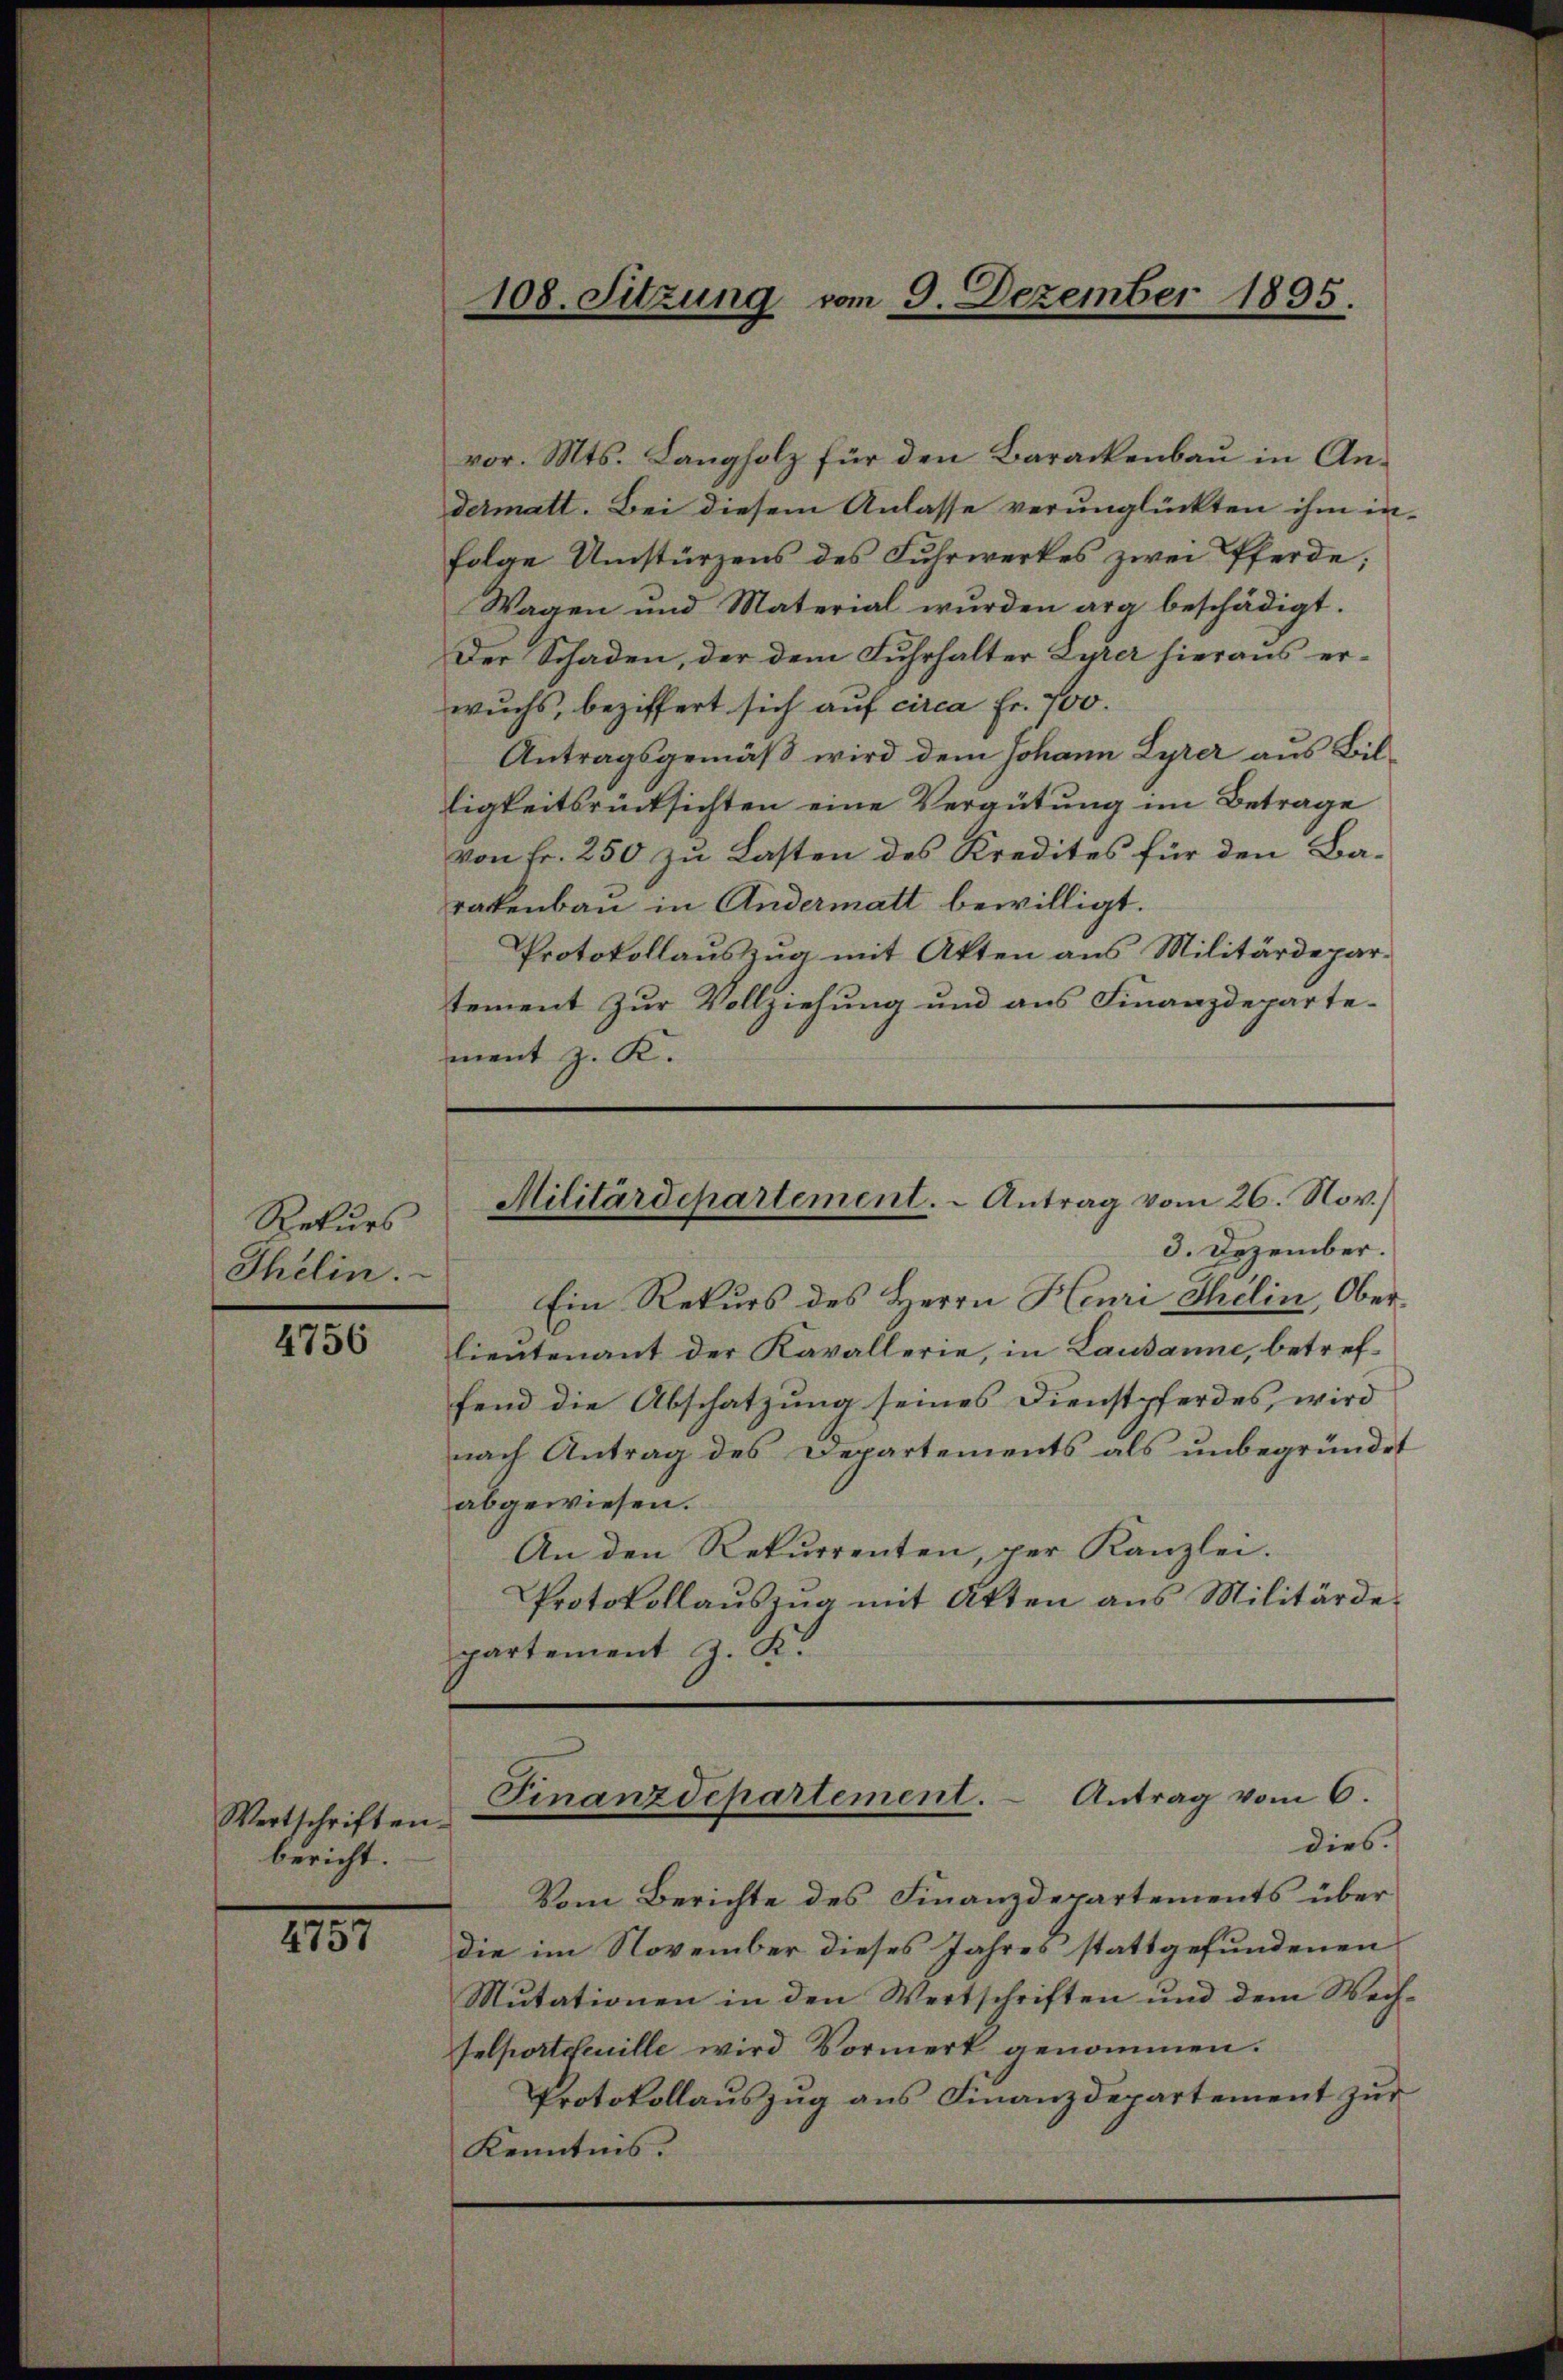
Rekurs
Thelin.

4756

Wertschriften
bericht.

2151

vor. Mts. Langholz für den Barackenbau in Andermatt. Bei diesem Anlasse verunglückten ihm in-
folge Umstürzens des Fuhrwerkes zwei Pferde;
Wagen und Material wurden ara beschädigt.
Der Schaden, der dem Fuhrhalter Lurer hieraus erwuchs, beziffert sich auf circa Fr. 700.
Antragsgemäß wird dem Johann Lyrer aus Billigkeitsrücksichten eine Vergütung im Betrage
von Fr. 250 zu Lasten des Kredites für den Barakenbau in Andermatt bewilligt.
Protokollauszug mit Akten aus Militärdepar-
tement zur Vollziehung und aus Finanzdepartement z. K.

108. Sitzung vom 9. Dezember 1895.

Militärdepartement. - Antrag vom 26. Nov.)
3. Dezember.

Ein Rekurs des Herrn Henri Thelin, Oberlieutenant der Kavallerie, in Lausanne, betreffend die Abschatzung seines Dienstpferdes, wird
nach Antrag des Departements als unbegründet
abgewiesen.
An den Rekurrenten, per Kanzlei.
Protokollauszug mit Akten aus Militärdepartement J. K.

Finanzdepartement. Antrag vom 6.
dies

Vom Berichte des Finanzdepartements über
die im November dieses Jahres stattgefundenen
Mutationen in den Wertschriften und dem Wech¬
Felportefeuille wird Vormerk genommen.
Protokollauszug aus Finanzdepartement zur
Kenntnis.